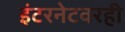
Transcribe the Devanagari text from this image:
इंटरनेटवरही